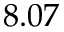
8 . 0 7